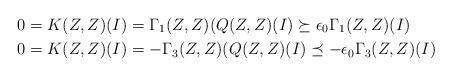
LaTeX: \begin{align*}0 = K(Z,Z)(I)& = \Gamma_1 (Z,Z)(Q(Z,Z)(I) \succeq \epsilon_0 \Gamma_1(Z,Z)(I)\\0 = K(Z,Z)(I)& = - \Gamma_3 (Z,Z)(Q(Z,Z)(I) \preceq -\epsilon_0 \Gamma_3(Z,Z)(I)\end{align*}